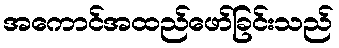
အကောင်အထည်ဖော်ခြင်းသည်